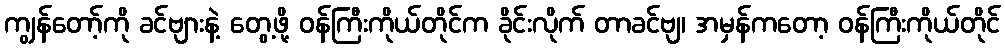
ကျွန်တော့်ကို ခင်ဗျားနဲ့ တွေ့ဖို့ ဝန်ကြီးကိုယ်တိုင်က ခိုင်းလိုက် တာခင်ဗျ၊ အမှန်ကတော့ ဝန်ကြီးကိုယ်တိုင်